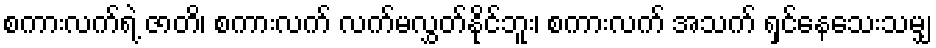
စကားလက်ရဲ့ ဇာတိ၊ စကားလက် လက်မလွှတ်နိုင်ဘူး၊ စကားလက် အသက် ရှင်နေသေးသမျှ